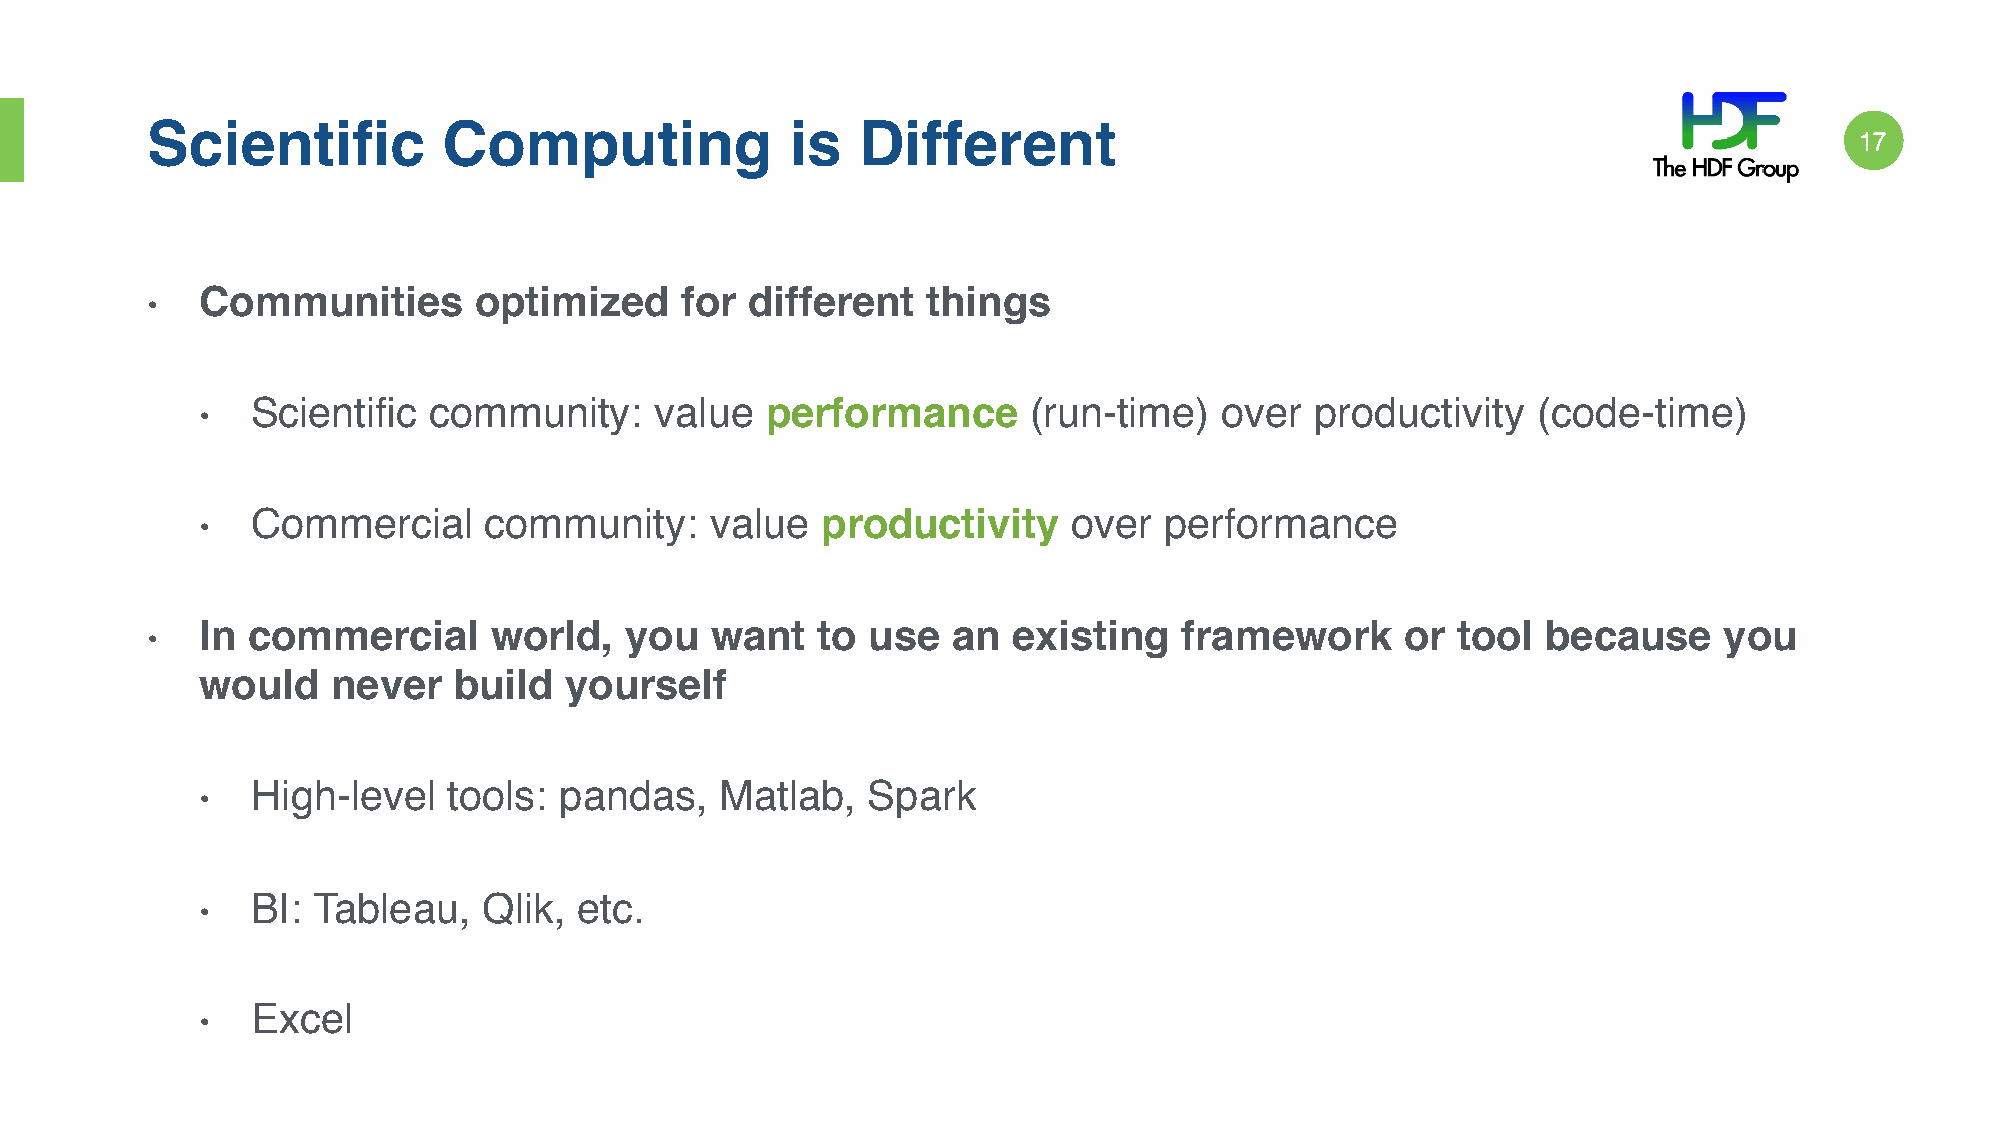
Scientific         Computing              is   Different
 17!
 Communities       optimized     for different   things
 •
 Scientific community:     value   performance      (run-time)   over  productivity   (code-time)
 •
 Commercial     community:     value  productivity     over  performance
 •
 In commercial      world,   you   want   to use   an  existing   framework      or tool  because     you
 •
 would    never   build  yourself
 High-level   tools: pandas,    Matlab,  Spark
 •
 BI: Tableau,   Qlik, etc.
 •
 Excel
 •